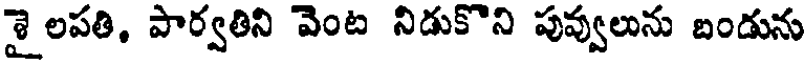
శై లపతి, పార్వతిని వెంట నిడుకొని పువ్వులును బండును